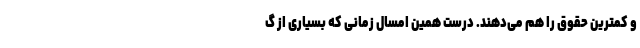
و کمترین حقوق را هم می‌دهند. درست همین امسال زمانی که بسیاری از گ